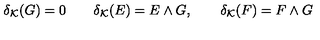
\delta _ { { \mathcal K } } ( G ) = 0 \qquad \delta _ { { \mathcal K } } ( E ) = E \wedge G , \qquad \delta _ { { \mathcal K } } ( F ) = F \wedge G